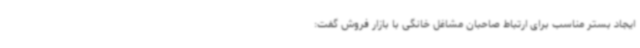
ایجاد بستر مناسب برای ارتباط صاحبان مشاغل خانگی با بازار فروش گفت: